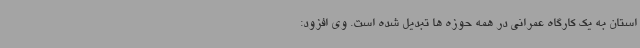
استان به یک کارگاه عمرانی در همه حوزه ها تبدیل شده است. وی افزود: